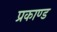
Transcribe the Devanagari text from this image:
प्रकाण्‍ड